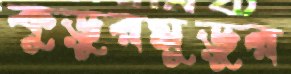
কুড়ুরমুড়ুর